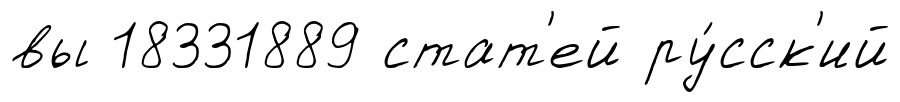
вы 18331889 стат'ей ру́сск'ий